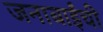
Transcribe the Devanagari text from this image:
जनाबाईंची